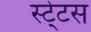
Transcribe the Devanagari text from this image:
स्‍टे्टस